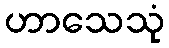
ဟာသေသုံ